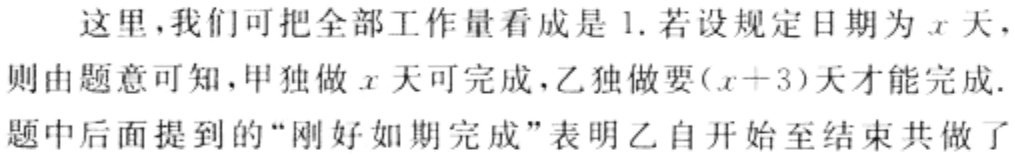
这里,我们可把全部工作量看成是 1. 若设规定日期为 \(x\) 天，则由题意可知,甲独做 \(x\) 天可完成，乙独做要\((x + 3)\)天才能完成. 题中后面提到的“刚好如期完成”表明乙自开始至结束共做了